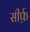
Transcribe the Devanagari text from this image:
सीर्फ़